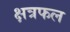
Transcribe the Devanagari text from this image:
क्षत्रफल